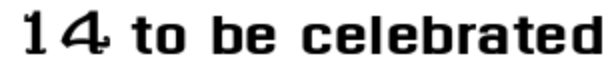
14 to be celebrated